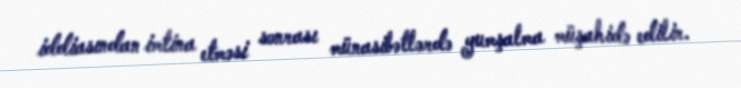
iddiasından imtina etməsi sonrası münasibətlərdə yumşalma müşahidə edilir.